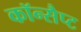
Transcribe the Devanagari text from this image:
कॉन्सैप्ट